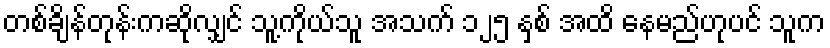
တစ်ချိန်တုန်းကဆိုလျှင် သူ့ကိုယ်သူ အသက် ၁၂၅ နှစ် အထိ နေမည်ဟုပင် သူက